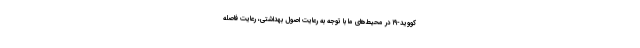
کووید-۱۹ در محیط‌های ما با توجه به رعایت اصول بهداشتی، رعایت فاصله